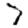
Digit: 7